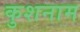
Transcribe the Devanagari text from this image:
कुशनाम